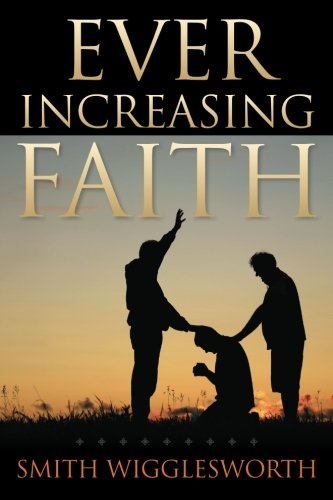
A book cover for Ever Increasing Faith; Smith Wigglesworth; Christian Books & Bibles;